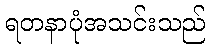
ရတနာပုံအသင်းသည်